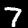
Label: 7